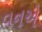
વનએ